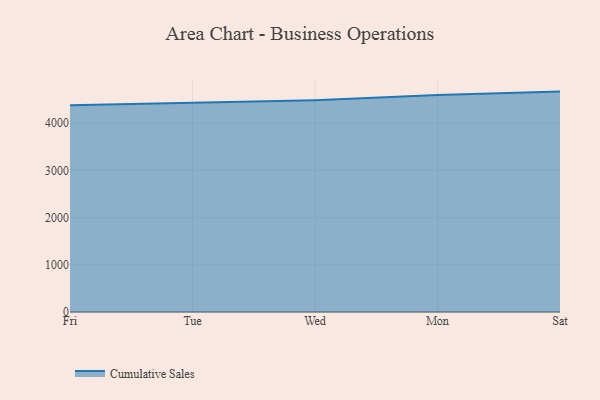
{"axis": {"x": "Day", "y": "LTV (USD)"}, "legend": ["Cumulative Sales"], "data": [{"x": "Fri", "y": 4381.7, "type": "Cumulative Sales"}, {"x": "Tue", "y": 4442.0, "type": "Cumulative Sales"}, {"x": "Wed", "y": 4487.0, "type": "Cumulative Sales"}, {"x": "Mon", "y": 4596.2, "type": "Cumulative Sales"}, {"x": "Sat", "y": 4669.2, "type": "Cumulative Sales"}]}